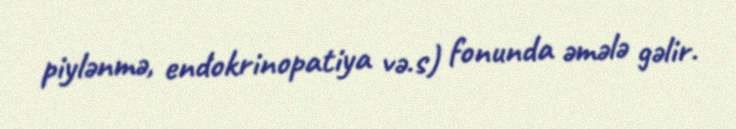
piylənmə, endokrinopatiya və.s) fonunda əmələ gəlir.